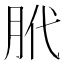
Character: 𫆛